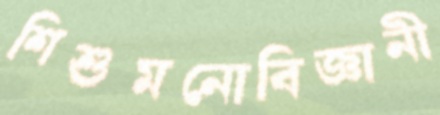
শিশুমনোবিজ্ঞানী